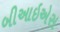
બીઆઇએસ